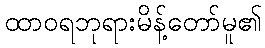
ထာဝရဘုရားမိန့်တော်မူ၏